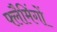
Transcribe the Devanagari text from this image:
फ्लैमिंगों